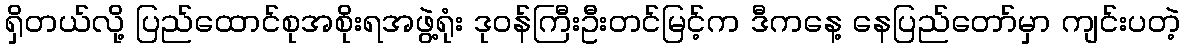
ရှိတယ်လို့ ပြည်ထောင်စုအစိုးရအဖွဲ့ရုံး ဒုဝန်ကြီးဦးတင်မြင့်က ဒီကနေ့ နေပြည်တော်မှာ ကျင်းပတဲ့